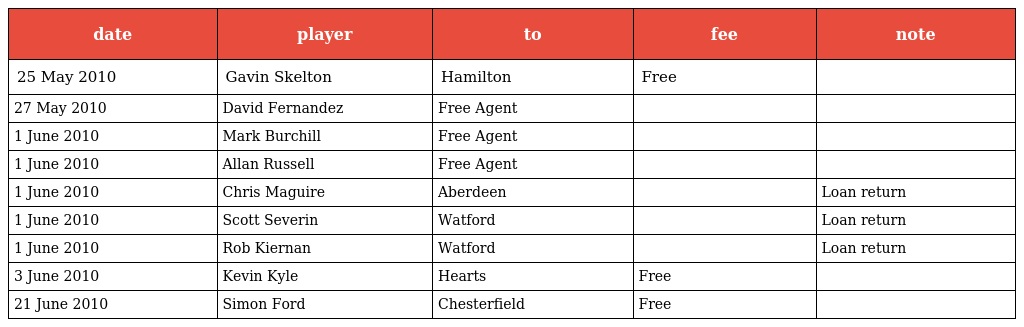
| date | player | to | fee | note |
 | --- | --- | --- | --- | --- |
 | 25 May 2010 | Gavin Skelton | Hamilton | Free |  |
 | 27 May 2010 | David Fernandez | Free Agent |  |  |
 | 1 June 2010 | Mark Burchill | Free Agent |  |  |
 | 1 June 2010 | Allan Russell | Free Agent |  |  |
 | 1 June 2010 | Chris Maguire | Aberdeen |  | Loan return |
 | 1 June 2010 | Scott Severin | Watford |  | Loan return |
 | 1 June 2010 | Rob Kiernan | Watford |  | Loan return |
 | 3 June 2010 | Kevin Kyle | Hearts | Free |  |
 | 21 June 2010 | Simon Ford | Chesterfield | Free |  |